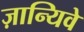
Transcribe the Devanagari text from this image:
ज़ान्यिवे